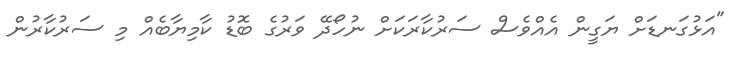
"އަޅުގަނޑަށް ޔަގީން އެއްވެސް ސަރުކާރަކަށް ނުހޯދޭ ވަރުގެ ބޮޑު ކާމިޔާބެއް މި ސަރުކާރުން